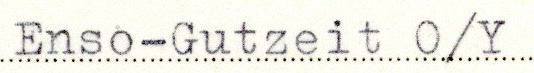
Enso-Gutzeit O/Y